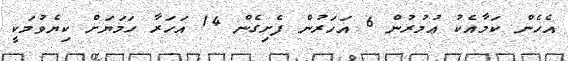
އެހެން ކަމާއެކު ޢުމުރުން 6 އަހަރުން ފެށިގެން 14 އަހަރާ ހަމަޔަށް ކިޔެވުމަކީ